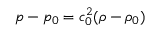
p - p _ { 0 } = c _ { 0 } ^ { 2 } ( \rho - \rho _ { 0 } )